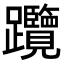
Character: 𨈇